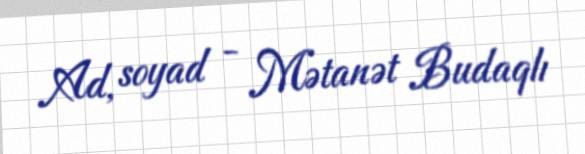
Ad, soyad - Mətanət Budaqlı